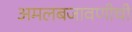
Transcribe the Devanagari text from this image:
अमलबजावणीची